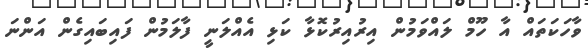
ވާހަކަތައް އާ ހޫމް ލައްވަމުން އިރުއިރުކޮޅާ ކަޅި އެއްލަނީ ފާލަމުން ފައިބައިގެން އަންނަ